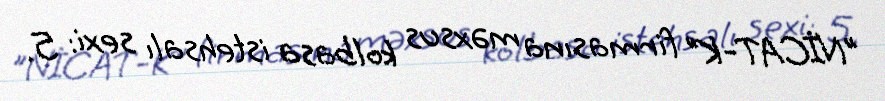
"NİCAT-K" firmasına məxsus kolbasa istehsalı sexi: 5.